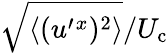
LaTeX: \sqrt{\langle{(u^{\prime}{}^{x})^{2}}\rangle}/U_{\textrm{c}}